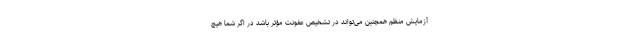
آزمایش منظم همچنین می‌تواند در تشخیص عفونت مؤثر باشد در اگر شما هیچ